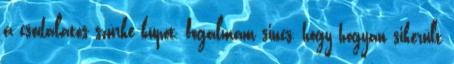
a csodálatos szürke kúpot, fogalmam sincs, hogy hogyan sikerült